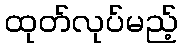
ထုတ်လုပ်မည့်